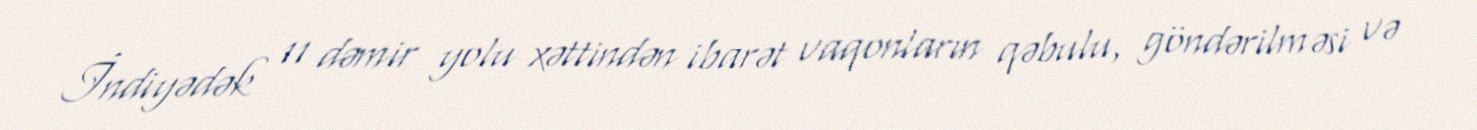
İndiyədək 11 dəmir yolu xəttindən ibarət vaqonların qəbulu, göndərilməsi və